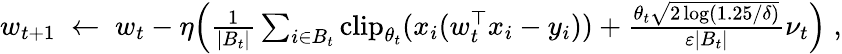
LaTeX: \begin{array}{r}{w_{t+1}\; \gets\; w_{t}-\eta\Big(\frac{1}{|B_{t}|}\sum_{i\in B_{t}}\mathrm{clip}_{\theta_{t}}(x_{i}(w_{t}^{\top}x_{i}-y_{i}))+\frac{\theta_{t}\sqrt{2\log(1.25/\delta)}}{\varepsilon|B_{t}|}\nu_{t}\Big)\; ,}\end{array}